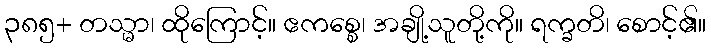
၃၈၅+ တသ္မာ၊ ထိုကြောင့်။ ဧကစ္စေ၊ အချို့သူတို့ကို။ ရက္ခတိ၊ စောင့်၏။